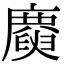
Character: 𢋪